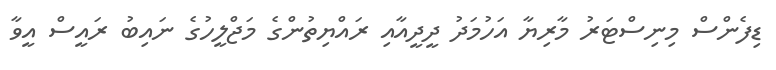
ޑިފެންސް މިނިސްޓަަރު މާރިޔާ އަހުމަދު ދީދީއާއި ރައްޔިތުންގެ މަޖްލީހުގެ ނައިބު ރައީސް އީވާ